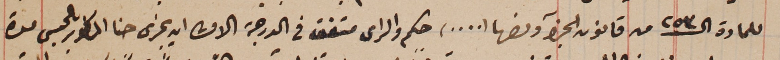
للمادة الـ ٢٥٣ من قانون الجزآ ونصها (,,,,)  حكم والراى متفق فى الدرجة الاولى ان يجزى حنا المسطور بالحبس مدة